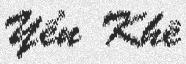
Yển Khê